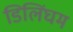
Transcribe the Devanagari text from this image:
डिलिंघम